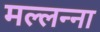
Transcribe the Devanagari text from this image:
मल्लन्ना